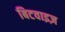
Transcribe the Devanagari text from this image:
बिटवाइज़